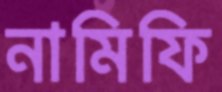
নামিফি